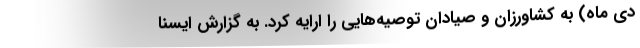
دی ماه) به کشاورزان و صیادان توصیه‌هایی را ارایه کرد. به گزارش ایسنا